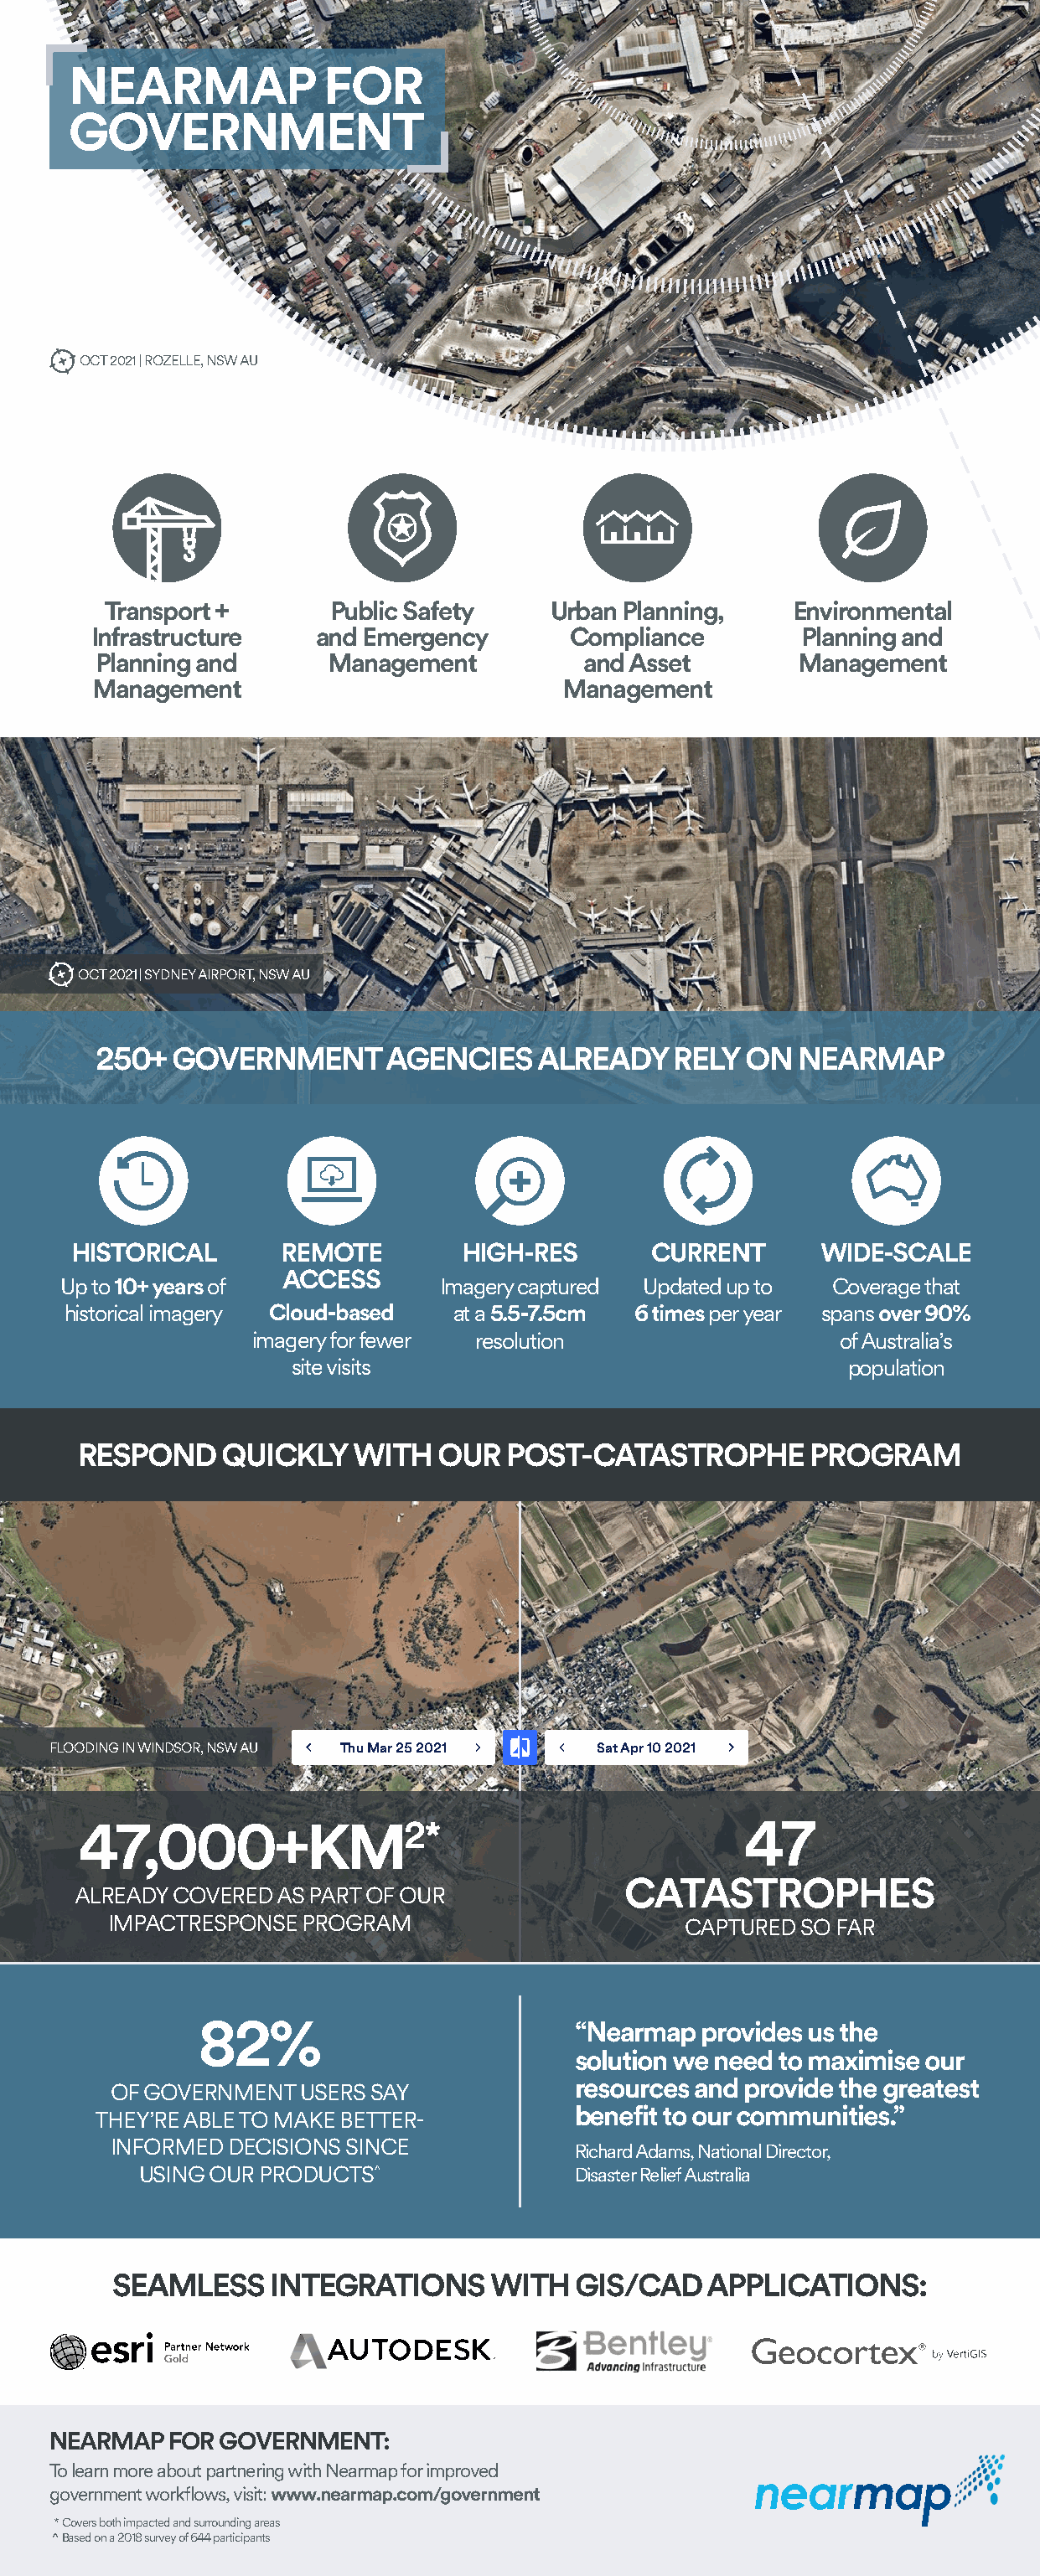
NEARMAP              FOR
 GOVERNMENT
 OCT 2021 | ROZELLE, NSW AU
 Transport +       Public Safety    Urban Planning,     Environmental
 Infrastructure    and Emergency       Compliance        Planning and
 Planning and      Management          and Asset        Management
 Management                           Management
 OCT 2021 | SYDNEY AIRPORT, NSW AU
 250+  GOVERNMENT      AGENCIES    ALREADY    RELY  ON  NEARMAP
 HISTORICAL      REMOTE        HIGH-RES       CURRENT       WIDE-SCALE
 ACCESS
 Up to 10+ years of            Imagery captured Updated up to Coverage that
 historical imagery Cloud-based at a 5.5-7.5cm 6 times per year spans over 90%
 imagery for fewer resolution                  of Australia’s
 site visits                                 population
 RESPOND     QUICKLY   WITH   OUR  POST-CATASTROPHE        PROGRAM
 FLOODING IN WINDSOR, NSW AU Thu Mar 25 2021 Sat Apr 10 2021
 47,000+KM2*                                          47
 CATASTROPHES
 ALREADY COVERED AS PART OF OUR
 IMPACTRESPONSE PROGRAM                       CAPTURED SO FAR
 82%                          “Nearmap  provides us the
 solution we need to maximise our
 resources and provide the greatest
 OF GOVERNMENT  USERS SAY
 benefit to our communities.”
 THEY’RE ABLE TO MAKE BETTER-
 INFORMED DECISIONS SINCE
 Richard Adams, National Director,
 USING OUR PRODUCTS^               Disaster Relief Australia
 SEAMLESS    INTEGRATIONS      WITH  GIS/CAD    APPLICATIONS:
 NEARMAP  FOR GOVERNMENT:
 To learn more about partnering with Nearmap for improved
 government workflows, visit: www.nearmap.com/government
 * Covers both impacted and surrounding areas
 ^ Based on a 2018 survey of 644 participants